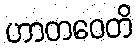
ဟာတဝေတိ